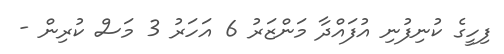
ފިހީގެ ކުނިފުނި އުފައްދާ މަންޒަރު 6 އަހަރު 3 މަސް ކުރިން -